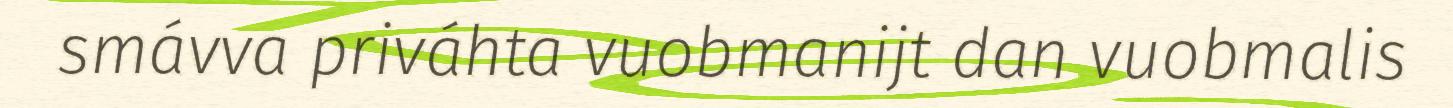
smávva priváhta vuobmanijt dan vuobmalis